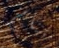
تنام